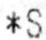
*S